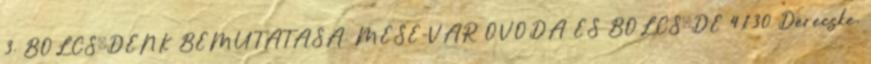
3. BÖLCSŐDÉNK BEMUTATÁSA. MESE-VÁR ÓVODA ÉS BÖLCSŐDE 4130 Derecske,